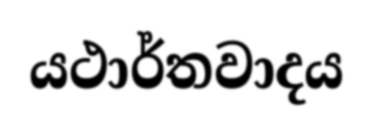
යථාර්තවාදය